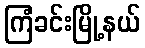
ကြံခင်းမြို့နယ်